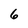
Character: 6